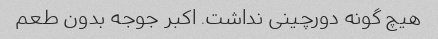
هیچ گونه دورچینی نداشت. اکبر جوجه بدون طعم